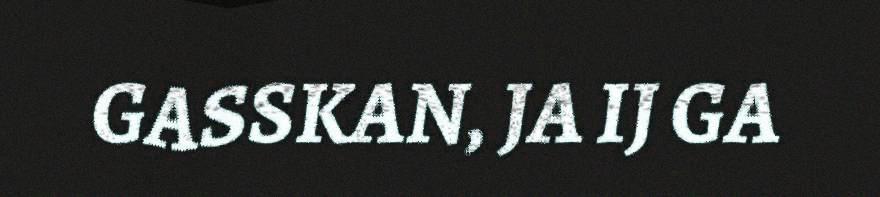
GASSKAN, JA IJ GA